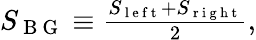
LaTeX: \begin{array}{r}{S_{\mathrm{~B~G~}}\equiv\frac{S_{\mathrm{~l~e~f~t~}}+S_{\mathrm{~r~i~g~h~t~}}}{2},}\end{array}